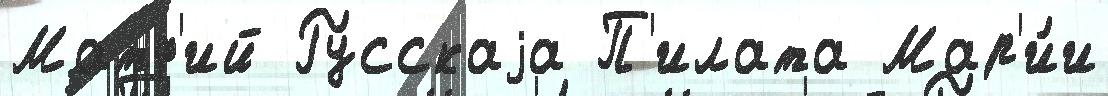
Матф'ий Ру́сскаjа П'илата Мар'и́и